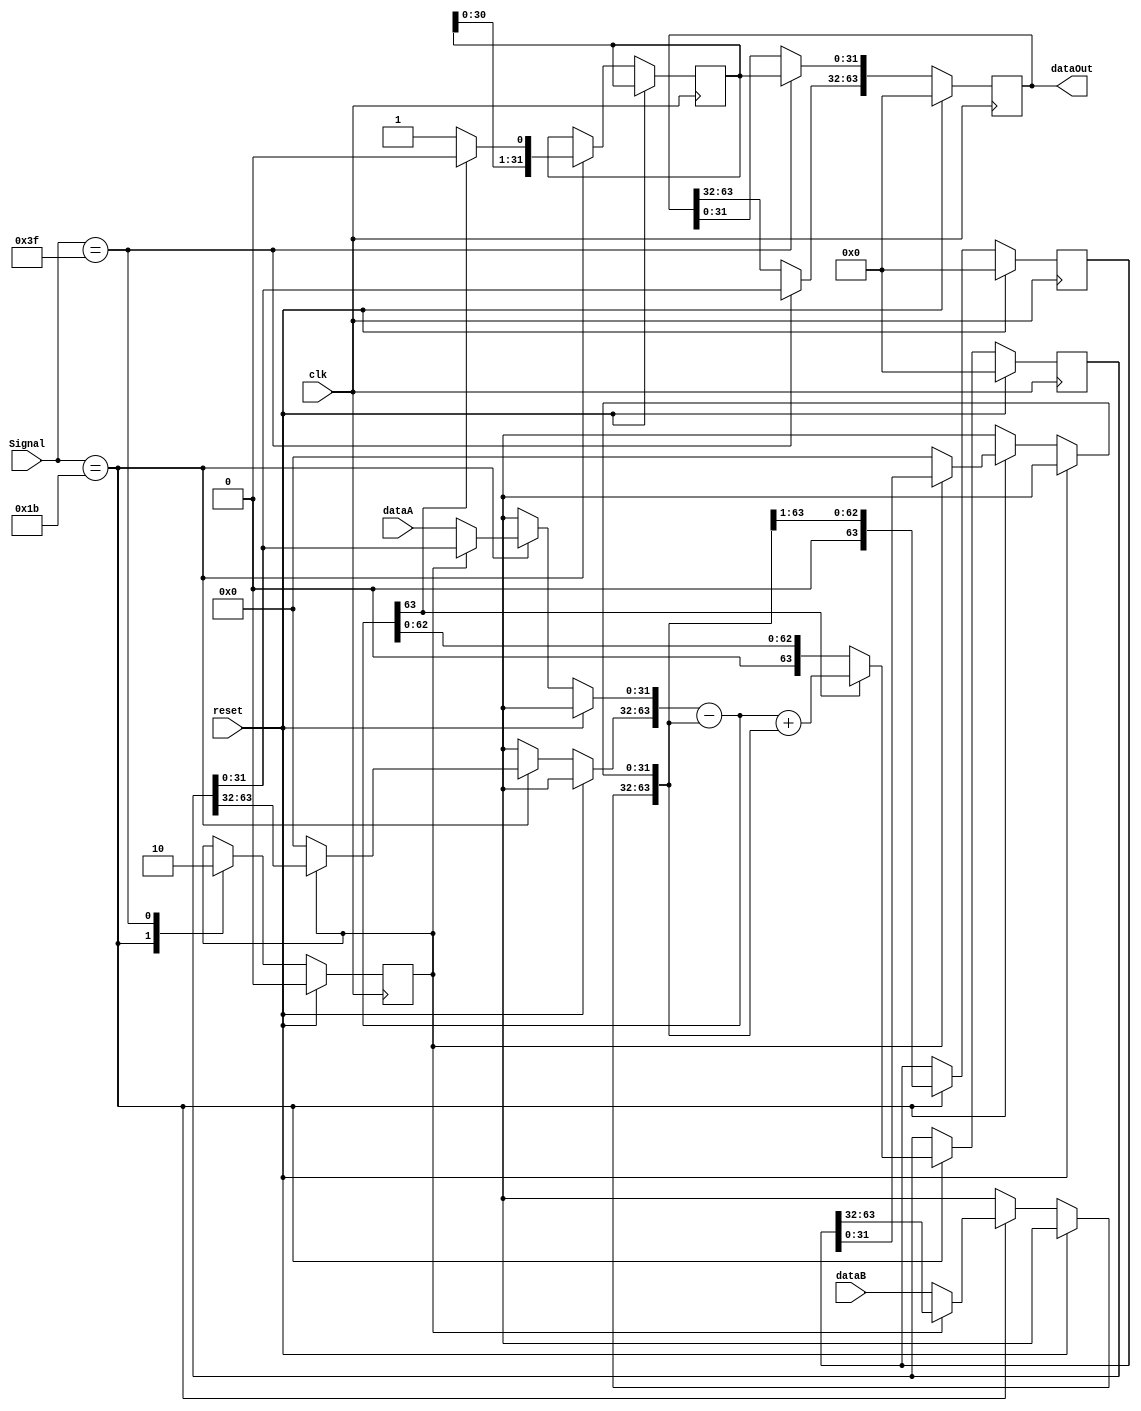

module Division_Hardware( clk, dataA, dataB, Signal, dataOut, reset ) ;
  
  input clk, reset ;
  input [5:0] Signal ;
  input [31:0] dataA, dataB ;
  output [63:0] dataOut ;
  reg[31:0] q ; //quotent
  reg[31:0] qTemp = 32'd0 ;
  reg [63:0] remainder = 64'd0 ;
  reg [63:0] temp = 64'd0 ;
  reg [63:0] temp1 = 64'd0 ;
  reg rst  = 1'b0 ; 
  parameter DIVU = 6'b011011;
  parameter OUT = 6'b111111;
  
  //wire[63:0] RR, TT ;
  //assign RR[31:0] = dataA ;
  //assign TT[63:32] = dataB ;



always@( posedge clk)
begin
        if ( reset )
        begin
                temp = 64'b0 ;
		remainder = 64'd0 ;
		temp1 = 64'd0 ;
		rst = 1'b0 ;
        end

        else
        begin      	
        case (Signal)
        DIVU:
        begin
		
		if( rst == 1'b0 )
		begin

		remainder = 64'd0 ;
		temp1 = 64'd0 ;
        remainder[31:0] = dataA ;
		temp1[63:32] = dataB ; 
		rst = 1'b1 ;
		end
		
		remainder = remainder - temp1 ;
		
                if ( remainder[63:63] == 1 ) 
                begin
  			remainder = remainder + temp1 ;
			q = q << 1 ;                    
                end

                else        	
                begin
			
			q = q << 1 ; 
			q[0:0] = 1'b1 ; 
	 
		end    
		temp1 = temp1 >> 1 ; 
	//temp[63:32] = q ;
	//temp[31:0] = remainder[31:0] ;
	
	end
        OUT:
	begin
		temp[63:32] = remainder[31:0];
		temp[31:0] = q;
		rst = 1'b0 ;
	end
	endcase
	end

end
assign dataOut = temp ;
endmodule